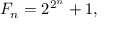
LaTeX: F _ { n } = 2 ^ { 2 ^ { n } } + 1 ,